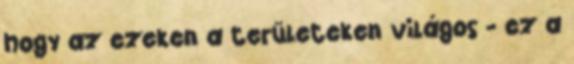
hogy az ezeken a területeken világos - ez a